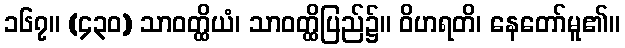
၁၆၇။ (၄၃၀) သာဝတ္ထိယံ၊ သာဝတ္ထိပြည်၌။ ဝိဟရတိ၊ နေတော်မူ၏။